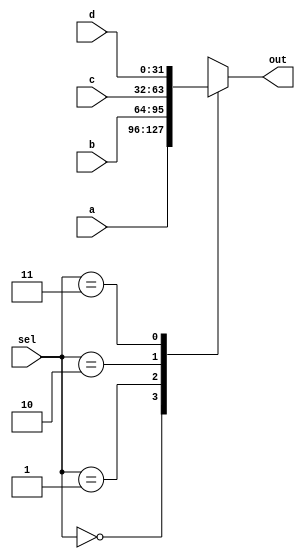
`timescale 1ns / 1ps
//////////////////////////////////////////////////////////////////////////////////
// Company: 
// Engineer: 
// 
// Design Name: 
// Module Name: MUX_4x1
// Project Name: 
// Target Devices: 
// Tool Versions: 
// Description: 
// 
// Dependencies: 
// 
// Revision:
// Revision 0.01 - File Created
// Additional Comments:
// 
//////////////////////////////////////////////////////////////////////////////////


module MUX_4x1 #(parameter N = 32) (input [N-1:0] a, input [N-1:0] b, input [N-1:0] c, input [N-1:0] d, input [1:0] sel, output reg [N-1:0] out);
always@(*) begin
  case(sel)
  2'b00: out = a;
  2'b01: out = b;
  2'b10: out = c;
  2'b11: out = d;
  endcase
end
endmodule